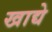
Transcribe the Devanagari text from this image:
खाद्ये